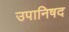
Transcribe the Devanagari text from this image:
उपानिषद